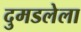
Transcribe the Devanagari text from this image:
दुमडलेला